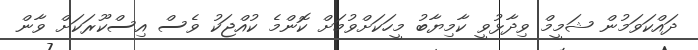
ދައްކަވަމުން ޝަމީމް ވިދާޅުވީ ކާމިޔާބު މީހަކަށްވުމަށް ކޮންމެ ކުއްޖަކު ވެސް އިސްކޫރަކަށް ވާން